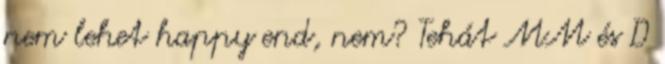
nem lehet happy end, nem? Tehát MM és D